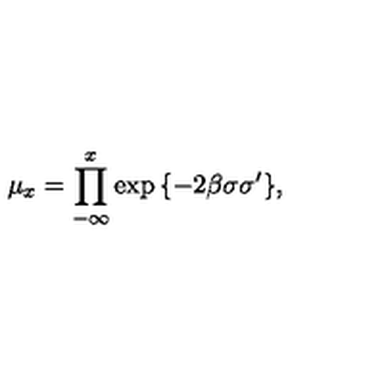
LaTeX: \mu _ { x } = \prod _ { - \infty } ^ { x } \exp { \{ - 2 \beta \sigma \sigma ^ { \prime } \} } ,